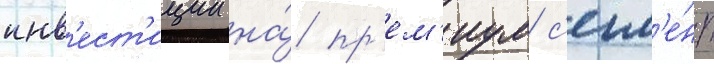
инв'ест'иции на́ пр'ем'иум с'егм'е́нт